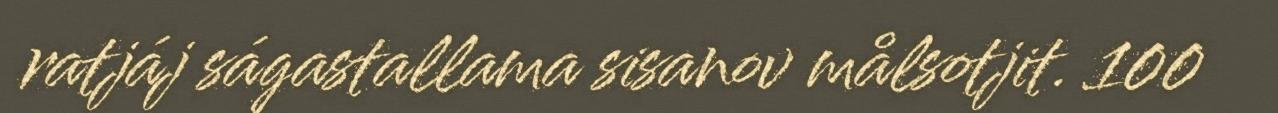
ratjáj ságastallama sisanov målsotjit. 100